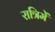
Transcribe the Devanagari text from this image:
रात्रिमें